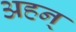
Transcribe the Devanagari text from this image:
अहन्